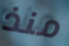
منذ